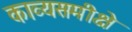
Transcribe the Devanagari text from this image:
काव्यसमीक्षे